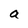
Character: a